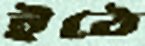
ইঠে